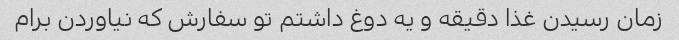
زمان رسیدن غذا دقیقه و یه دوغ داشتم تو سفارش که نیاوردن برام